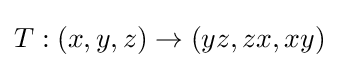
T:(x,y,z)\rightarrow (yz,zx,xy)